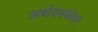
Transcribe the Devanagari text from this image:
अर्थवस्थेवर